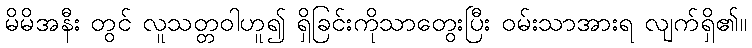
မိမိအနီး တွင် လူသတ္တဝါဟူ၍ ရှိခြင်းကိုသာတွေးပြီး ဝမ်းသာအားရ လျက်ရှိ၏။